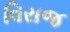
વિરાજ